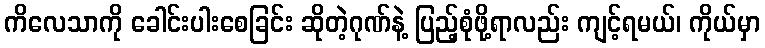
ကိလေသာကို ခေါင်းပါးစေခြင်း ဆိုတဲ့ဂုဏ်နဲ့ ပြည့်စုံဖို့ရာလည်း ကျင့်ရမယ်၊ ကိုယ်မှာ